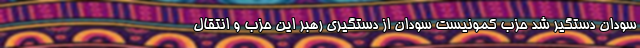
سودان دستگیر شد حزب کمونیست سودان از دستگیری رهبر این حزب و انتقال